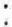
: